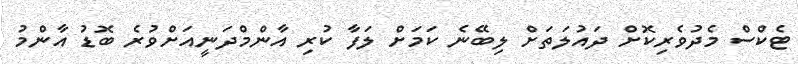
ޓެކްސް މެދުވެރިކޮށް ދައުލަތަށް ލިބޭނެ ކަމަށް ލަފާ ކުރި އާންމްދަނީއަށްވުރެ ބޮޑު އާންމު